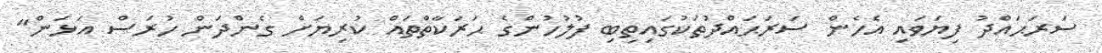
ސަރަޙައްދު ފިޔަވައި އެހެން ސަރަޙައްދުތަކުގައިތިބި ފުލުހުންގެ ޙަރަކާތްތައް ކުރިޔަށް ގެންދަން ހުރަސް އަޅަން"